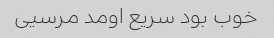
خوب بود سریع اومد مرسیی